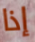
إذا